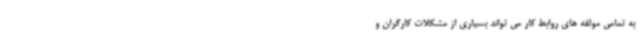
به تمامی مولفه های روابط کار می تواند بسیاری از مشکلات کارگران و